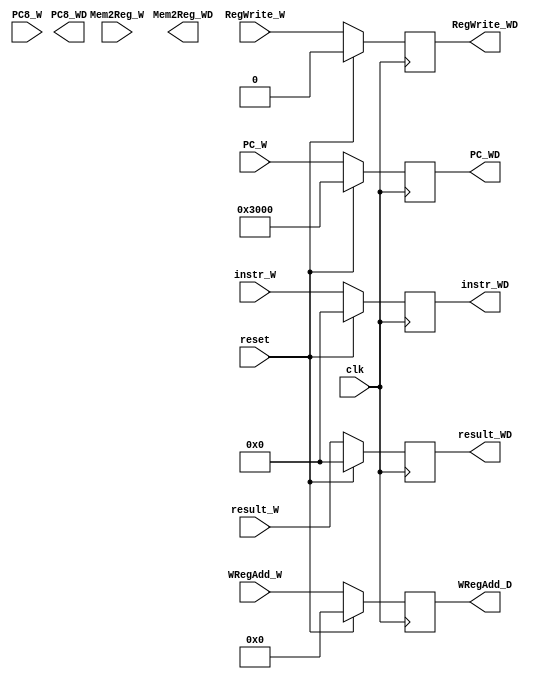
`timescale 1ns / 1ps
//////////////////////////////////////////////////////////////////////////////////
// Company: 
// Engineer: 
// 
// Design Name: 
// Module Name:    WB_ID 
// Project Name: 
// Target Devices: 
// Tool versions: 
// Description: 
//
// Dependencies: 
//
// Revision: 
// Revision 0.01 - File Created
// Additional Comments: 
//
//////////////////////////////////////////////////////////////////////////////////
module WB_ID(
	 input clk,
	 input reset,
	 input RegWrite_W,
	 input [1:0] Mem2Reg_W,
	 input [4:0] WRegAdd_W,
	 input [31:0] instr_W,
	 input [31:0] result_W,
	 input [31:0] PC_W,
	 input [31:0] PC8_W,
	 output RegWrite_WD,
	 output [1:0] Mem2Reg_WD,
	 output [4:0] WRegAdd_D,
	 output [31:0] instr_WD,
	 output [31:0] result_WD,
	 output [31:0] PC_WD,
	 output [31:0] PC8_WD
    );
	 
	 reg rw;
	 reg [4:0] wra;
	 reg [31:0] in,r,pc;
	 
	 initial begin
		rw <= 0;
		wra <= 0;
		in <= 0;
		r <= 0;
		pc <= 32'h0000_3000;
	 end
	 
	 assign RegWrite_WD = rw;
	 assign WRegAdd_D = wra;
	 assign instr_WD = in;
	 assign result_WD = r;
	 assign PC_WD = pc;
	 always@(posedge clk)begin
		if(reset)begin
			rw <= 0;
			wra <= 0;
			in <= 0;
			r <= 0;
			pc <= 32'h0000_3000;
		end
		else begin
			rw <= RegWrite_W;
			wra <= WRegAdd_W;
			in <= instr_W;
			r <= result_W;
			pc <= PC_W;
		end
	 end


endmodule